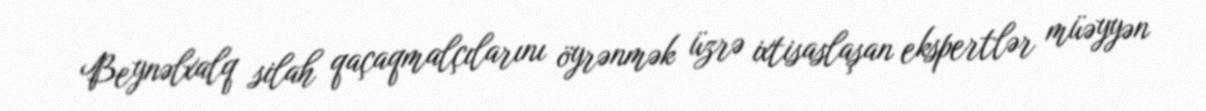
Beynəlxalq silah qaçaqmalçılarını öyrənmək üzrə ixtisaslaşan ekspertlər müəyyən